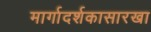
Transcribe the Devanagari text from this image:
मार्गादर्शकासारखा